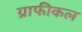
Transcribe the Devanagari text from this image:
ग्राफीकल